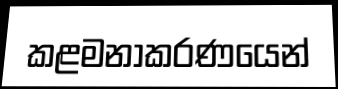
කළමනාකරණයෙන්